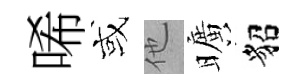
唏或他曠貂